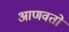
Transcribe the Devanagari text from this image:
आणवतो